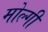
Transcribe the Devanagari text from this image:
मोल्गी